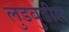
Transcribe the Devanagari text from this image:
लुडबुडीस